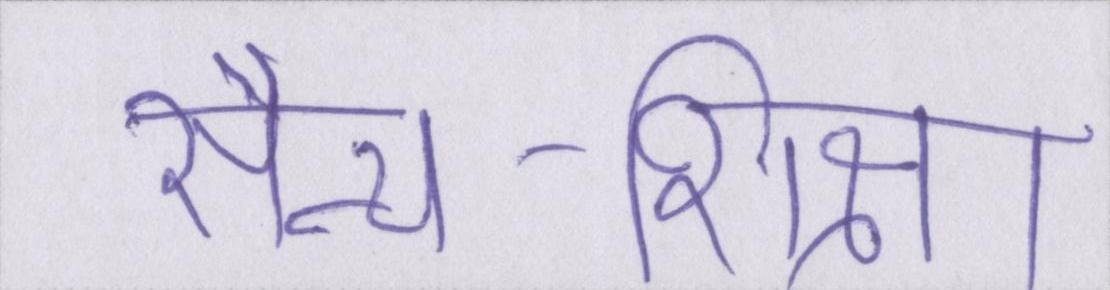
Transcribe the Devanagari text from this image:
सैन्य-शिक्षा